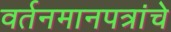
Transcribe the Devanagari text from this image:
वर्तनमानपत्रांचे